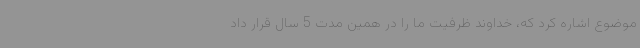
موضوع اشاره کرد که، خداوند ظرفیت ما را در همین مدت 5 سال قرار داد